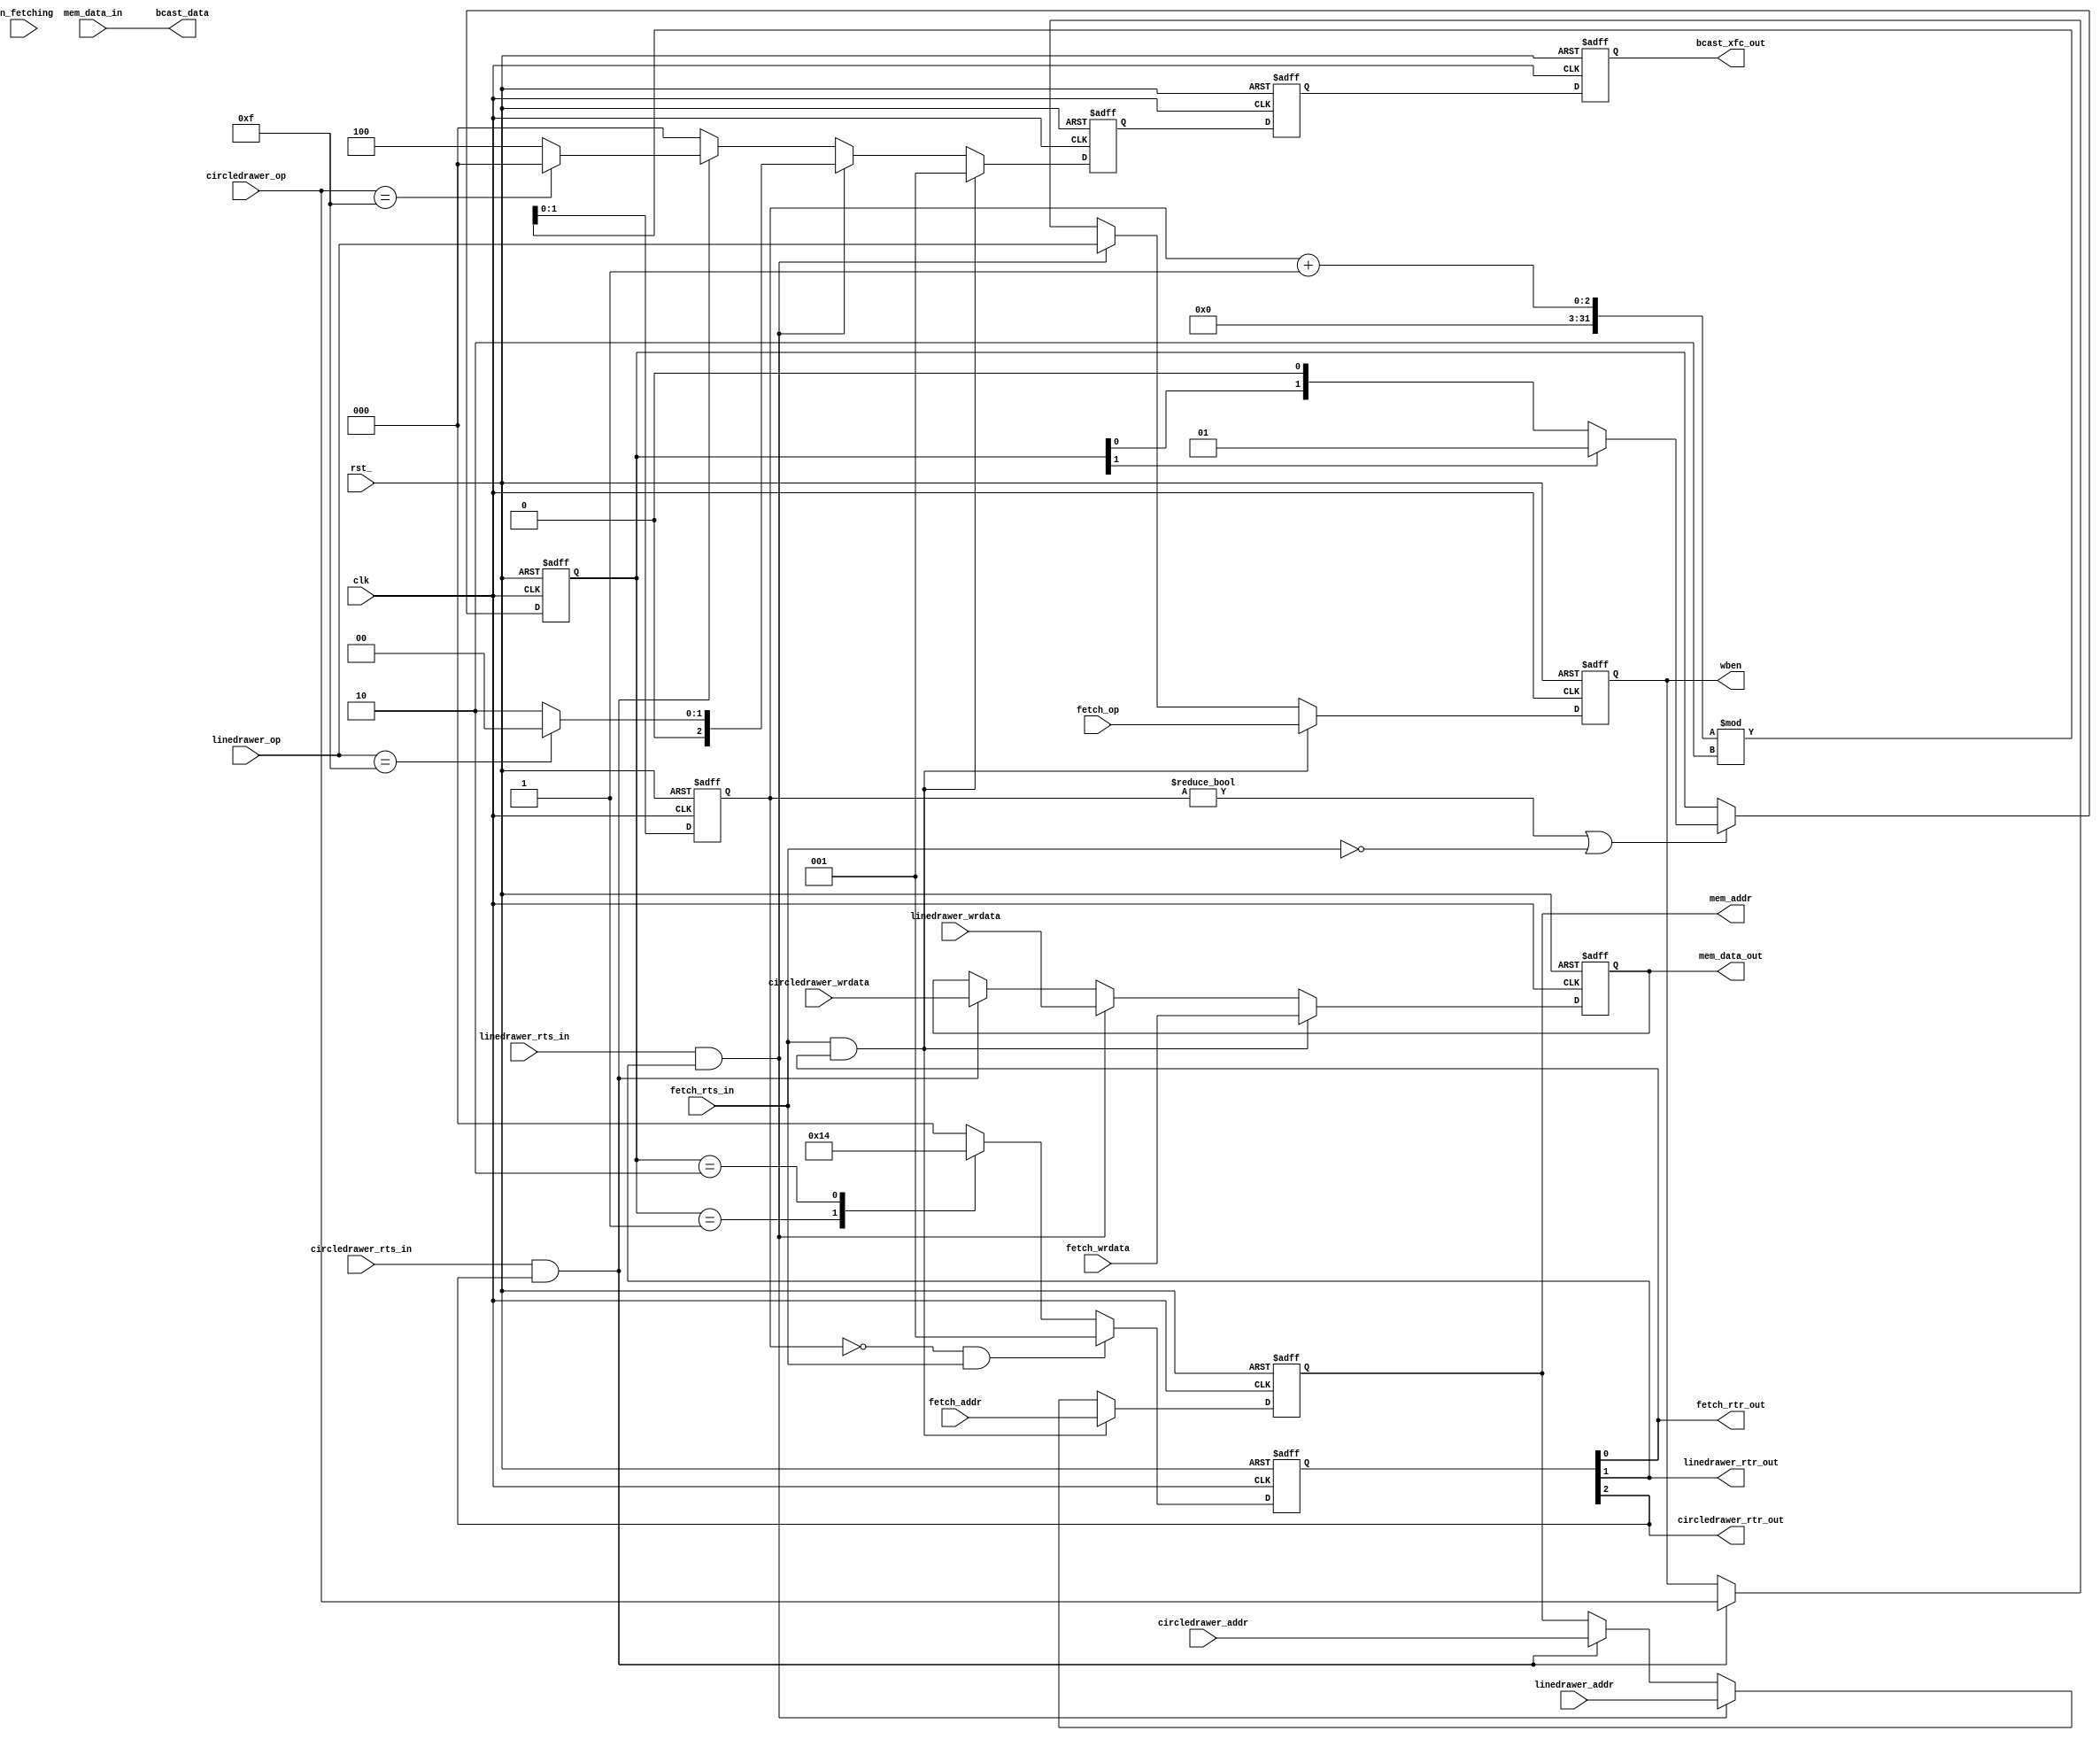
`timescale 1ns / 1ps

`define NUM_ENGINES 2
`define DF_CYCLES   2

module arbitor_v2(

    // clock and async reset
    input clk,
    input rst_,
    
    output [31:0] bcast_data,
    output reg [`NUM_ENGINES:0] bcast_xfc_out,
    input en_fetching,
    
    // RAM connections
    output reg [3:0] wben,
    output reg [16:0] mem_addr,
    input [31:0] mem_data_in,
    output reg [31:0] mem_data_out,
    
    // data fetcher connections
    input [16:0] fetch_addr,
    input [31:0] fetch_wrdata,
    input fetch_rts_in,
    output fetch_rtr_out,
    input [3:0] fetch_op,
    
    // line drawer conncetions
    input [16:0] linedrawer_addr,
    input [31:0] linedrawer_wrdata,
    input linedrawer_rts_in,
    output linedrawer_rtr_out, 
    input [3:0] linedrawer_op,
    
    // line drawer conncetions
    input [16:0] circledrawer_addr,
    input [31:0] circledrawer_wrdata,
    input circledrawer_rts_in,
    output circledrawer_rtr_out, 
    input [3:0] circledrawer_op
);
    
    // transer complete signals
    reg [`NUM_ENGINES:0] select;
    
    wire fetch_xfc; 
    assign fetch_rtr_out = select[0];
    assign fetch_xfc = fetch_rts_in & fetch_rtr_out; 
       
    wire linedrawer_xfc;
    assign linedrawer_rtr_out = select[1];
    assign linedrawer_xfc = linedrawer_rts_in & linedrawer_rtr_out;
    
    wire circledrawer_xfc;
    assign circledrawer_rtr_out = select[2];
    assign circledrawer_xfc = circledrawer_rts_in & circledrawer_rtr_out;
    
    // arbitor functionality
    reg [1:0] df_priority;
    reg [`NUM_ENGINES-1:0] round_robin;
    
    assign bcast_data = mem_data_in;    
    
    always @ (posedge clk or negedge rst_)
    begin
        if (!rst_)
        begin
            df_priority <= 0;
            round_robin <= 2'b01;
        end
        
        else
        begin
            if (df_priority != 0 || fetch_rts_in != 1) 
                round_robin <= (round_robin[`NUM_ENGINES-1] == 1) ? (1) : (round_robin << 1);
            df_priority <= (df_priority + 1) % `DF_CYCLES;
        end
    end
        
    always @ (posedge clk or negedge rst_)
    begin      
    
        if (!rst_)
        begin
           select <= 0;
        end
        
        else
        begin
            // service data fetcher's request
            if (df_priority == 0 && fetch_rts_in == 1)
            begin
                select <= 3'b001;
            end
            
            // other client requests
            else
            begin
                case (round_robin)
                    2'b01:
                        select <= 3'b010; 
                    
                    2'b10:
                        select <= 3'b100; 
                    
                    default:
                        select <= 3'b000; 
                endcase 
            end 
        end                         
    end
    
    reg [`NUM_ENGINES:0] bcast_delay_1, bcast_delay_2;
    always @ (posedge clk or negedge rst_)
    begin
        if (!rst_)
        begin
            bcast_delay_2 <= 0;
            bcast_xfc_out <= 0;
        end
        else
        begin
            bcast_delay_2 <= bcast_delay_1;
            bcast_xfc_out <= bcast_delay_2;
        end
    end
    
    always @ (posedge clk or negedge rst_)
        begin
            
            if (!rst_)
            begin
                wben <= 0;
                mem_addr <= 0;
                mem_data_out <= 0;
                bcast_delay_1 <= 0;
            end
            
            else
            begin
                if (fetch_xfc)
                begin
                    wben <= fetch_op;
                    mem_addr <= fetch_addr;
                    mem_data_out <= fetch_wrdata;
                    bcast_delay_1 <= 3'b001;
                end
                
                else if (linedrawer_xfc)
                begin
                    wben <= linedrawer_op;
                    mem_addr <= linedrawer_addr;
                    mem_data_out <= linedrawer_wrdata;
                    bcast_delay_1 <= (linedrawer_op == 4'b1111) ? 0 : 3'b010; 
                end
                
                else if (circledrawer_xfc)
                begin
                    wben <= circledrawer_op;
                    mem_addr <= circledrawer_addr;
                    mem_data_out <= circledrawer_wrdata;
                    bcast_delay_1 <= (circledrawer_op == 4'b1111) ? 0 : 3'b100;
                end
                
                 else
                 begin
                    wben <= wben;
                    mem_addr <= mem_addr;
                    mem_data_out <= mem_data_out;
                    bcast_delay_1 <= 3'b000;    
                end
            end
            
        end

endmodule